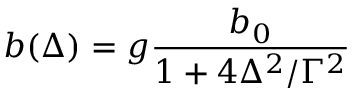
b ( \Delta ) = g \frac { b _ { 0 } } { 1 + 4 \Delta ^ { 2 } / \Gamma ^ { 2 } }